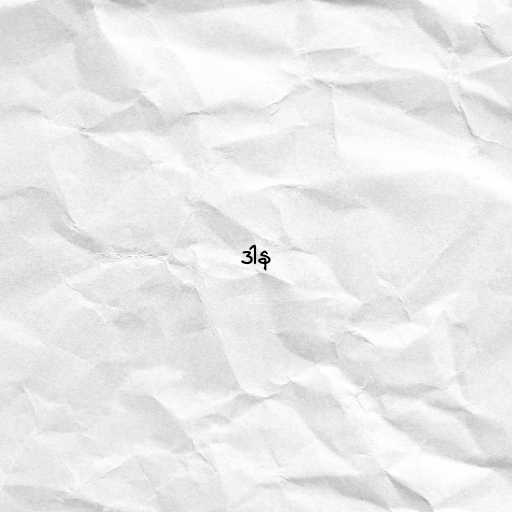
ဒါန